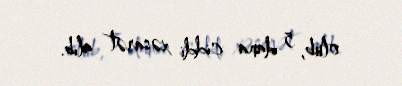
olub, 5 dana ciddi xəsarət alıb.